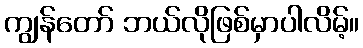
ကျွန်တော် ဘယ်လိုဖြစ်မှာပါလိမ့်။